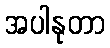
အပါနုတာ